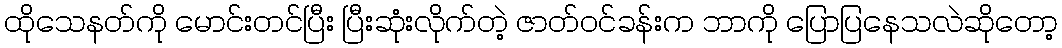
ထိုသေနတ်ကို မောင်းတင်ပြီး ပြီးဆုံးလိုက်တဲ့ ဇာတ်ဝင်ခန်းက ဘာကို ပြောပြနေသလဲဆိုတော့